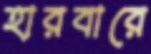
হারবারে